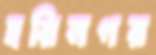
হরিনগর